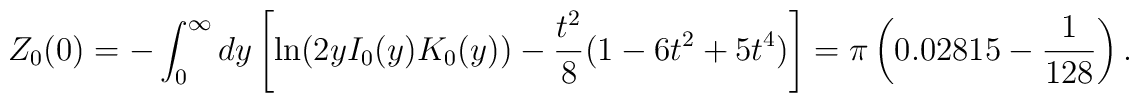
Z_0(0)=-\int_0^{\infty}dy \left[\ln(2 y I_0(y) K_0(y))-\frac{t^2}{8}(1-6 t^2+5 t^4)\right]=\pi\left(0.02815-\frac{1}{128}\right).